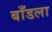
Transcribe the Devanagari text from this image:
बाँडला